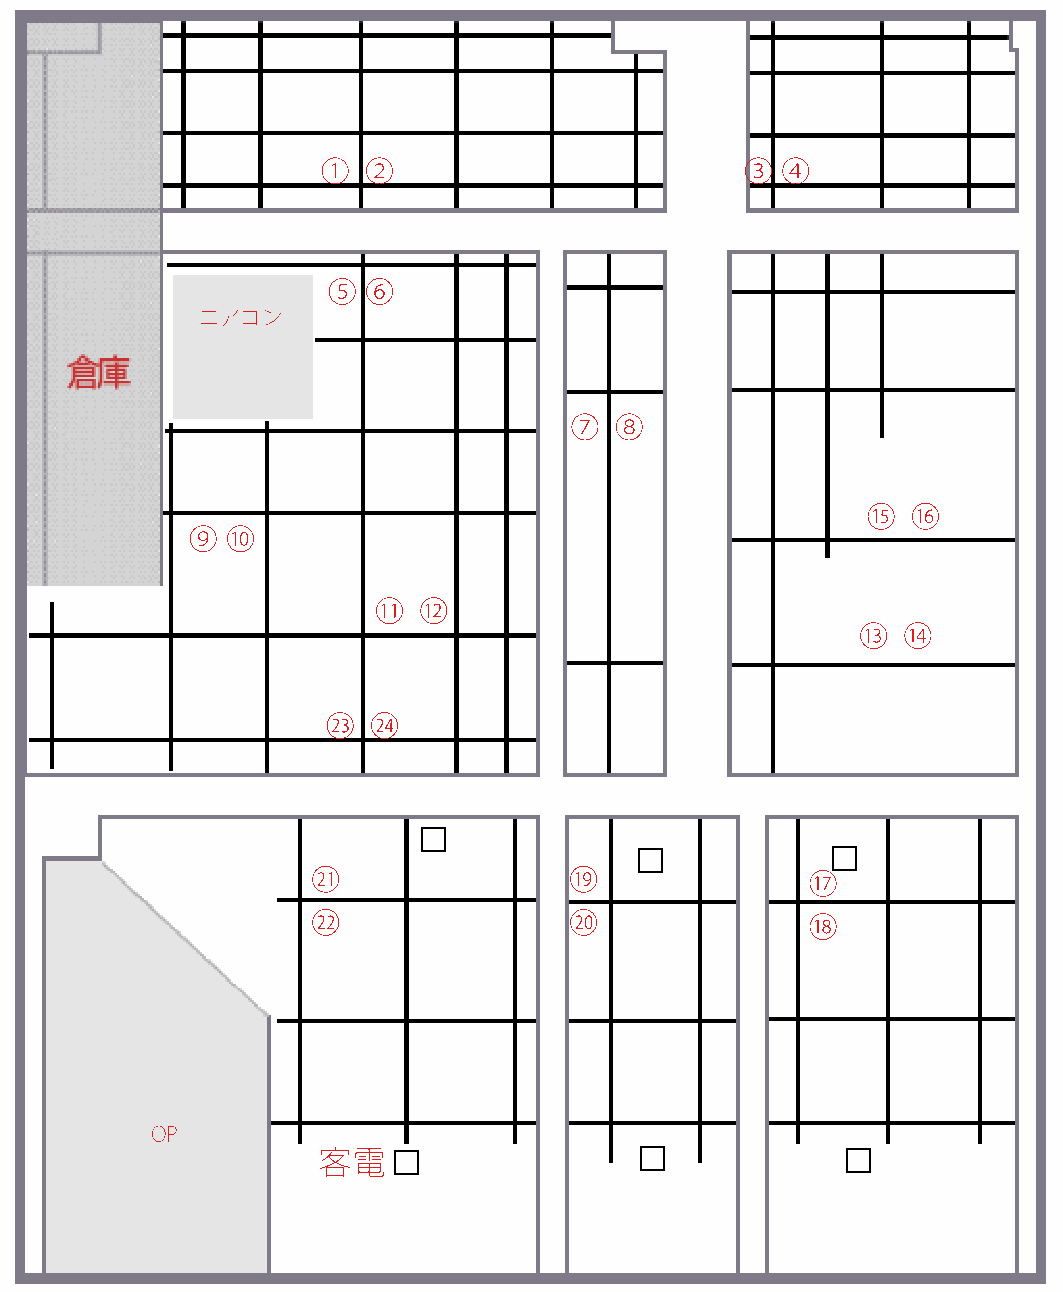
①  ②                        ③  ④
 ⑤ ⑥
 エアコン
 ⑦  ⑧
 ⑮  ⑯
 ⑨  ⑩
 ⑪  ⑫
 ⑬  ⑭
 ㉓ ㉔
 ㉑                ⑲               ⑰
 ㉒                ⑳               ⑱
 OP
 客電